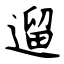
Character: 遛